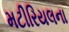
મટીરિયલના